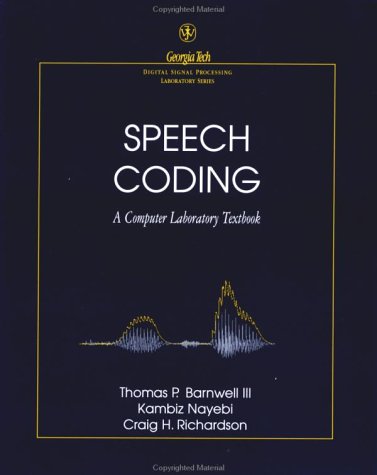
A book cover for Speech Coding: A Computer Laboratory Textbook; Thomas P. Barnwell; Computers & Technology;